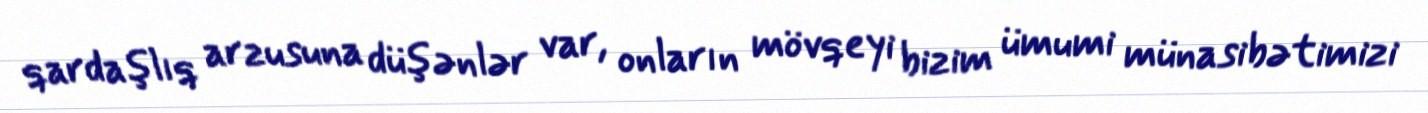
qardaşlıq arzusuna düşənlər var, onların mövqeyi bizim ümumi münasibətimizi